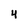
Character: 4